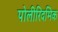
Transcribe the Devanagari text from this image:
पोलीरिदमिक